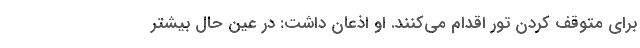
برای متوقف کردن تور اقدام می‌کنند. او اذعان داشت: در عین حال بیشتر